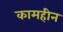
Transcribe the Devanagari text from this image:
कामहीन